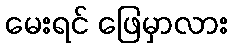
မေးရင် ဖြေမှာလား